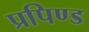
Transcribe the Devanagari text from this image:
प्रपिण्ड